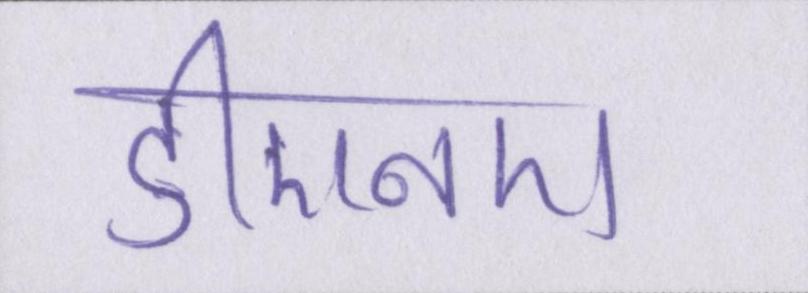
डीएनए